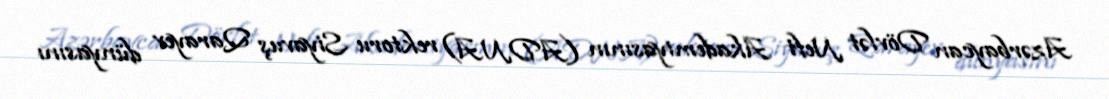
Azərbaycan Dövlət Neft Akademiyasının (ADNA) rektoru Siyavuş Qarayev dünyasını